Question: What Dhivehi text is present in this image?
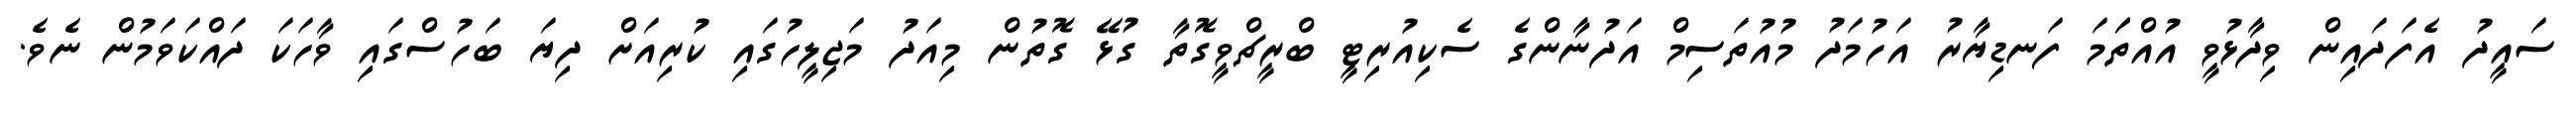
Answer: ސައީދު އެފަދައިން ވިދާޅުވީ އުއްތަަމަ ފަނޑިޔާރު އަހުމަދު މުއުތަސިމް އަދުނާންގެ ސެކިއުރިޓީ ބްރީޗްވީގޮތާ ގުޅޭ ގޮތުން މިއަދު މަޖިލީހުގައި ކުރިއަށް ދިޔަ ބަހުސްގައި ވާހަކަ ދައްކަވަމުން ނެވެ.